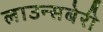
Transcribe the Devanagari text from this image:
लाउन्सबेरी